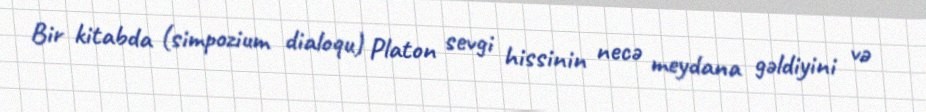
Bir kitabda (simpozium dialoqu) Platon sevgi hissinin necə meydana gəldiyini və